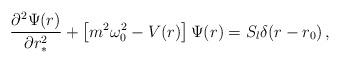
LaTeX: \begin{align*}\frac{\partial^{2} \Psi(r)}{\partial r_*^{2}} +\left\lbrack m^2\omega_0^2-V(r)\right\rbrack\Psi(r)=S_l \delta(r-r_0) \,,\end{align*}